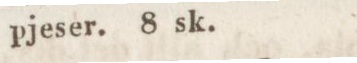
pjeser. 8 sk.